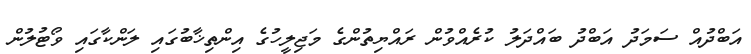
އަބްދުއް ސަމަދު އަބްދު ބައްދަލު ކުރެއްވުން ރައްޔިތުންގެ މަޖިލީހުގެ އިންތިޚާބުގައި ލަންކާގައި ވޯޓުލުން